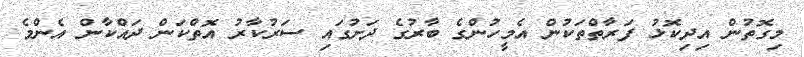
މިގޮތުން އިދިކޮޅު ފަރާތްތަކުން އެމީހުންގެ ބާރުގެ ދަށުގައި ސަރުކާރު އޮތްކަން ދައްކާން އެންމެ